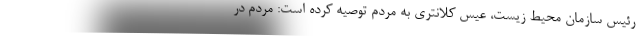
رئیس سازمان محیط زیست، عیس کلانتری به مردم توصیه کرده است: مردم در